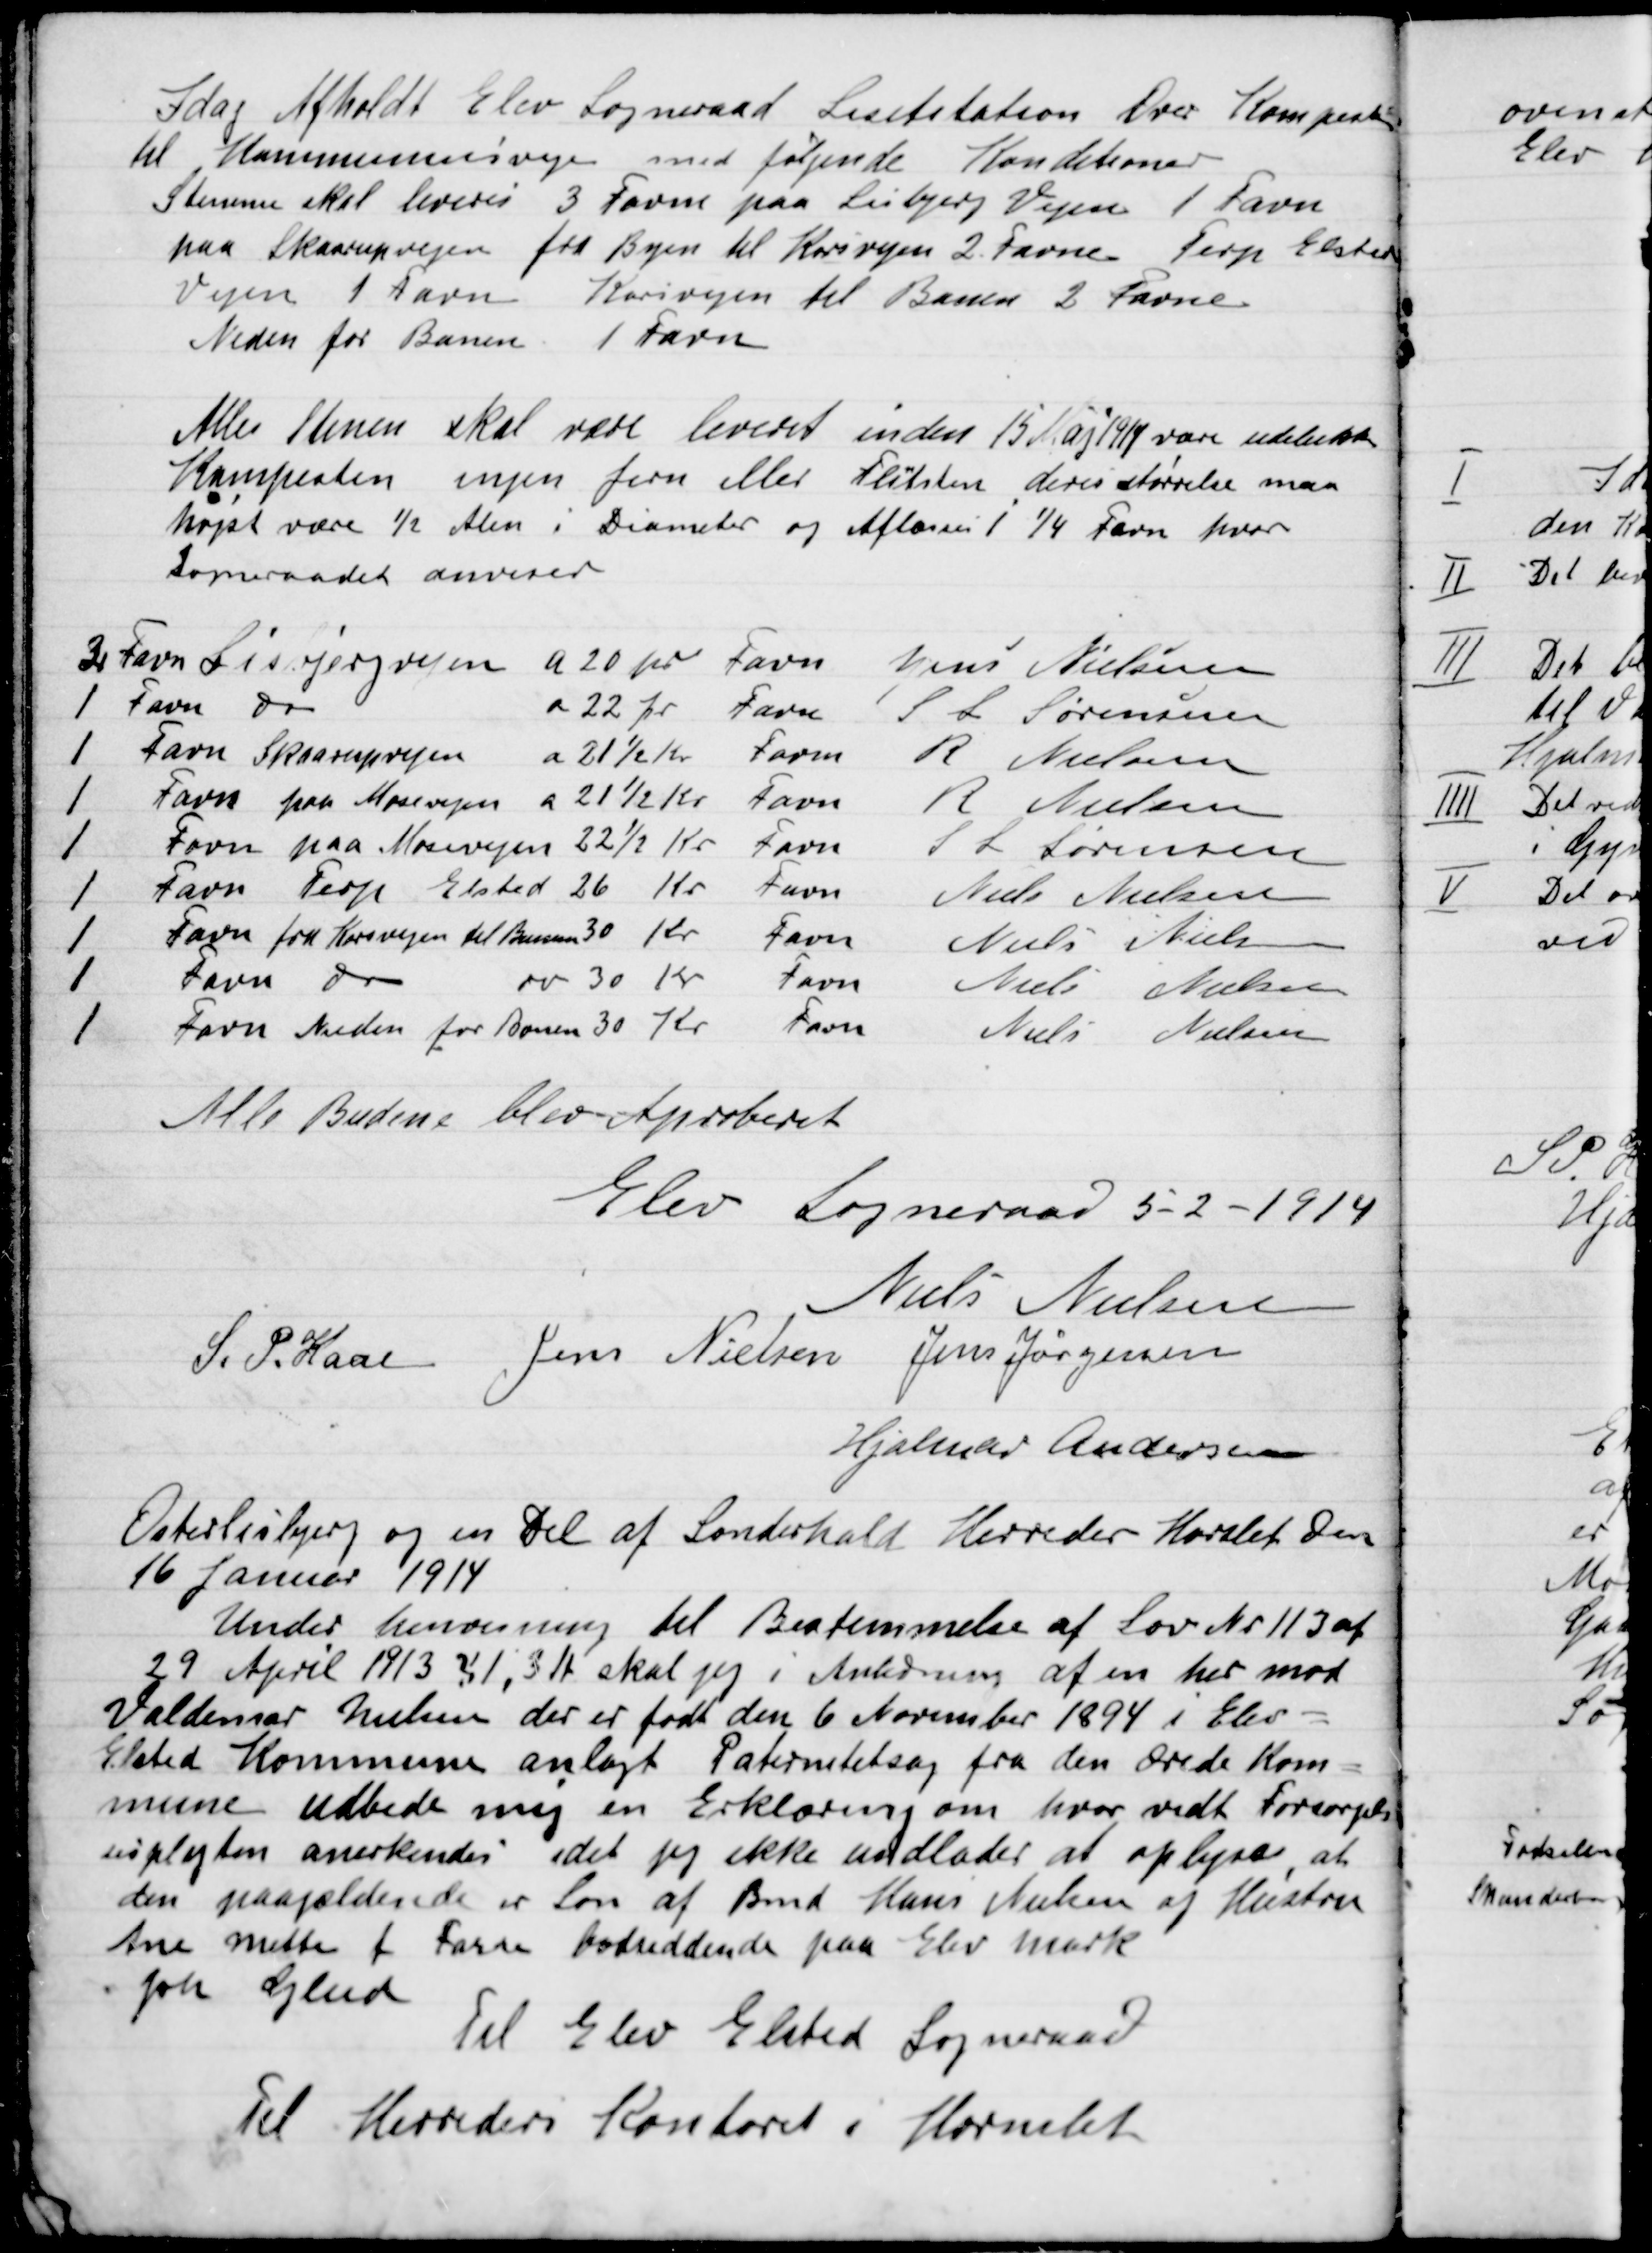
Transskription:
I Dag afholdt Elev Sogneraad Lisistation Over Kampesten
til Kommunens veje med følgende Konditioner
Stenene skal leveres 3 Favne paa Lisberg Vejen 1 Favn
Paa Skaarupvejen fra Byen til Kavivejen 2 Favne Terp Elsted
Vejen 1 Favn Karivejen til Banen 2 Favn
Neden for Banen 1 Favn.

Alle Stenen skal være leveret inden 15 Maj 1914 være udelukkende
Kampesten ingen Jern eller Flintsten deri størrelse maa
højest være ½ Alen i Diameter og Aflæsses i ¼ Favn hvor
Sogneraadet anviser.

Alle Budene blev Approberet

Elev Sogneraad 5-2-1914

Niels Nielsen
S.P. Kaas
Jens Nielsen
Jens Jørgensen
Hjalmar Andersen

Øster Lisberg og en dels af Sønderhald Herreder Hornslet Den
16 Januar 1914
Under henvisning til Bestemmelse af Lov Nr. 113 af
29 April 1913 § 1,3 H skal jeg i Anledning af en hermed
Valdemar Nielsen der er født den 6 November 1894 i Elev-
Elsted Kommune anlagt Paternitetsag fra den Ærede Kom-
mune udbede mig en Erklæring om hvor vidt Forsørgel-
sespligten anerkendes idet jeg ikke undlader at oplyse at
den paagældende er Søn af Bmd. Hans Nielsen og Hustru
Ane Mette f. Farre bosiddende paa Elev mark
pr Glud.
Til Elev Elsted Sogneraad

Til Herreders Kontoret i Hornslet